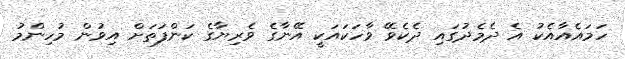
ހަމައެއާއެކު އެ ދެމެދުގައި ދެކެވޭ ވާހަކައަކީ އޭނާގެ ވެރިޔާގެ ކަންފަތަށް އިވުން މުހިންމު